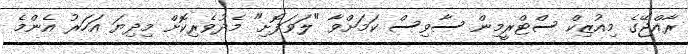
ރާއްޖޭގެ މިއުޒިކް ސްޓްރީމިން ސާވިސް ކަމަށްވާ "ލަވަފޮށި" މެދުވެރިކޮށް މިދިޔަ އަހަރު އެންމެ